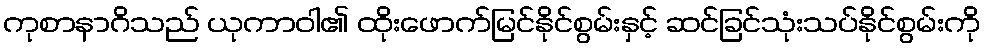
ကုစာနာဂိသည် ယုကာဝါ၏ ထိုးဖောက်မြင်နိုင်စွမ်းနှင့် ဆင်ခြင်သုံးသပ်နိုင်စွမ်းကို